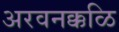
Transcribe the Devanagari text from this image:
अरवनक्कळि